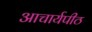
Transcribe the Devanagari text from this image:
अाचार्यपीठ